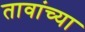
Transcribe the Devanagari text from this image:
तावांच्या